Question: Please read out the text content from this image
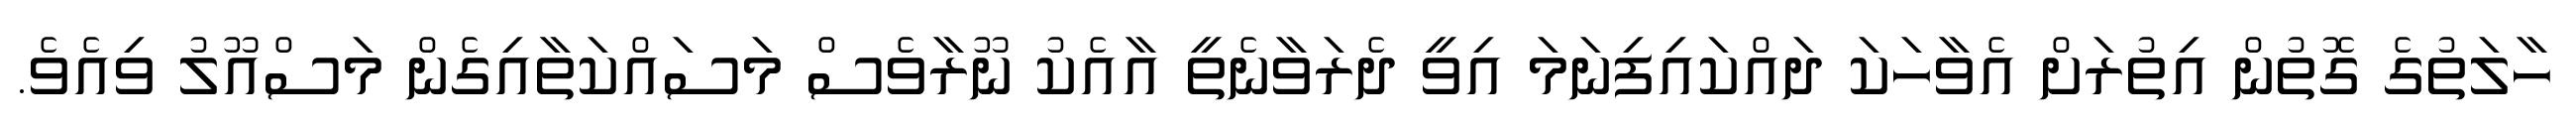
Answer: ހާލަތުގެ ގޮތުން އިތުރަށް އެވާހަކަ ދައްކައިފިނަމަ އިވީ ދެރަވާނެތީ އާއެކު ނޫރާވެސް މަސައްކަތާއިގެން މަސްއޫލު ވިއެވެ.